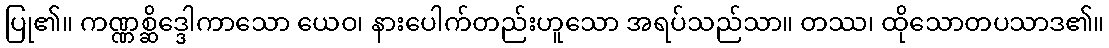
ပြု၏။ ကဏ္ဏစ္ဆိဒ္ဒေါကာသော ယေဝ၊ နားပေါက်တည်းဟူသော အရပ်သည်သာ။ တဿ၊ ထိုသောတပသာဒ၏။